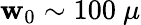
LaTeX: \mathbf{w}_{0}\sim100~\mu